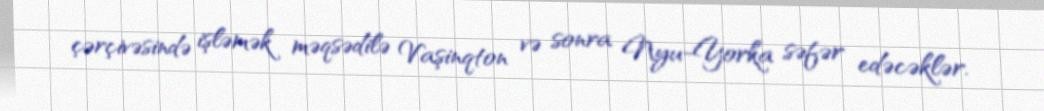
çərçivəsində işləmək məqsədilə Vaşinqton və sonra Nyu-Yorka səfər edəcəklər.